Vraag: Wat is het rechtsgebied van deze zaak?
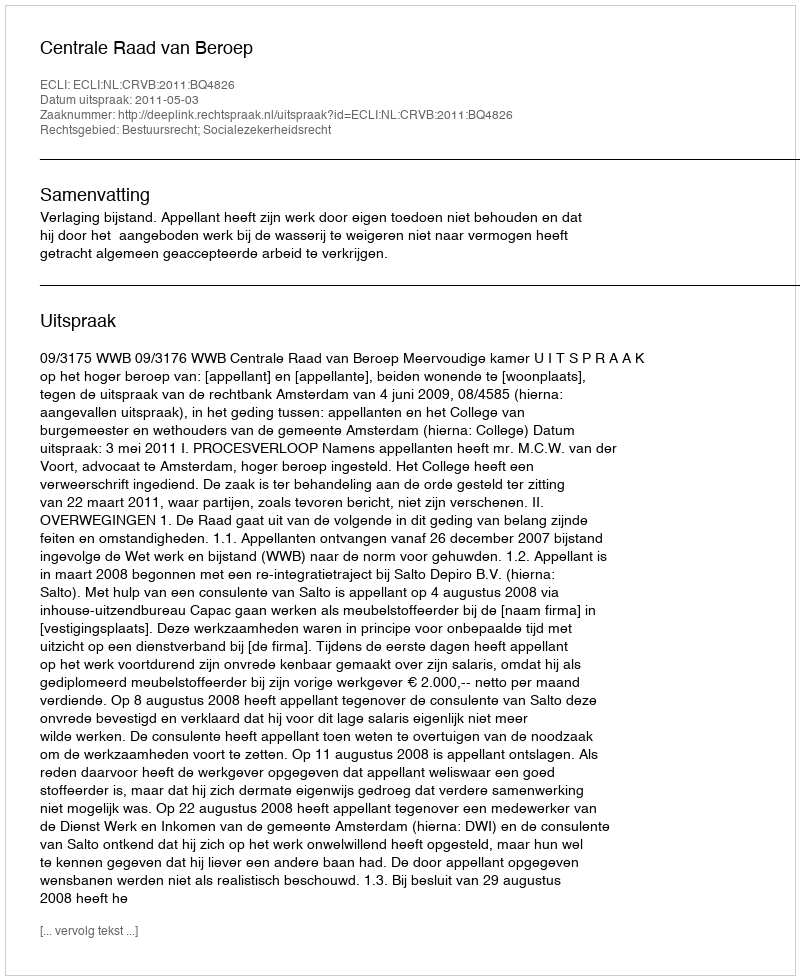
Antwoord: Bestuursrecht; Socialezekerheidsrecht